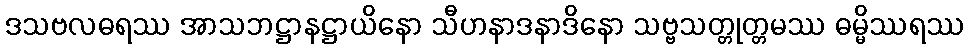
ဒသဗလဓရဿ အာသဘဋ္ဌာနဋ္ဌာယိနော သီဟနာဒနာဒိနော သဗ္ဗသတ္တုတ္တမဿ ဓမ္မိဿရဿ